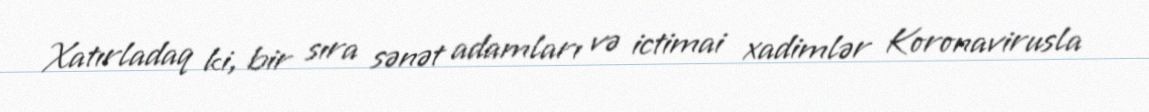
Xatırladaq ki, bir sıra sənət adamları və ictimai xadimlər Koronavirusla